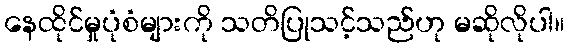
နေထိုင်မှုပုံစံများကို သတိပြုသင့်သည်ဟု မဆိုလိုပါ။